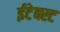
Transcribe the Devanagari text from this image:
ईटेक्स्ट